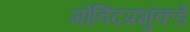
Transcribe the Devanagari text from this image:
गोविंदप्रभुंकडे